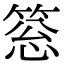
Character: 𥮨